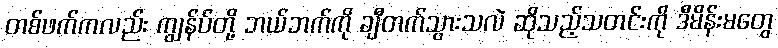
တစ်ဖက်ကလည်း ကျွန်ပ်တို့ ဘယ်ဘက်ကို ချီတက်သွားသလဲ ဆိုသည့်သတင်းကို ဒီမိန်းမတွေ